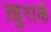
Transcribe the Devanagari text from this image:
ख़ुराकें